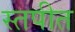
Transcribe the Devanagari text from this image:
स्तपीत